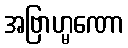
အဗြာဟ္မဏော